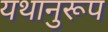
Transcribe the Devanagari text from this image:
यथानुरूप